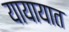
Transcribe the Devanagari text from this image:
यायायात